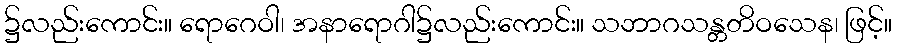
၌လည်းကောင်း။ ရောဂေဝါ၊ အနာရောဂါ၌လည်းကောင်း။ သဘာဂသန္တတိဝသေန၊ ဖြင့်။